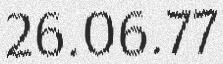
26.06.77